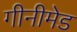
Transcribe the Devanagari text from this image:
गीनीमेड